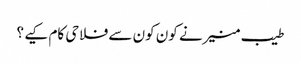
طیب منیرنے کون کون سے فلاحی کام کیے ؟